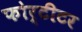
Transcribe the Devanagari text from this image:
फोर्टीटर